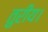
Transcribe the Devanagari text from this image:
तुरीय।